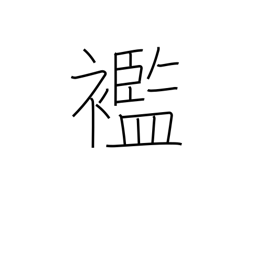
Meaning: rags